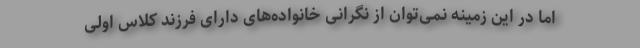
اما در این زمینه نمی‌توان از نگرانی خانواده‌های دارای فرزند کلاس اولی